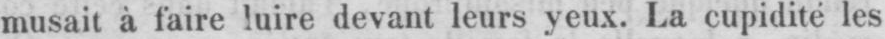
musait à faire luire devant leurs yeux. La cupidité les